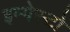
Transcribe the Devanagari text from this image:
इम्पेस्टो